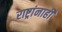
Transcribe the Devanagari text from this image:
राष्ट्रांनाही